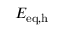
E _ { \mathrm { e q } , \mathrm { h } }